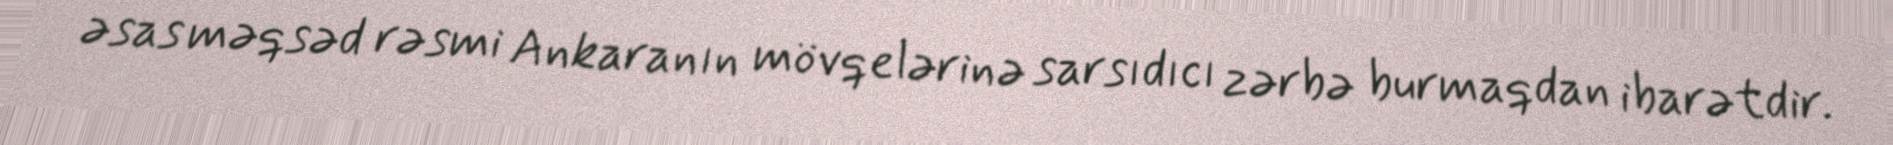
əsas məqsəd rəsmi Ankaranın mövqelərinə sarsıdıcı zərbə burmaqdan ibarətdir.